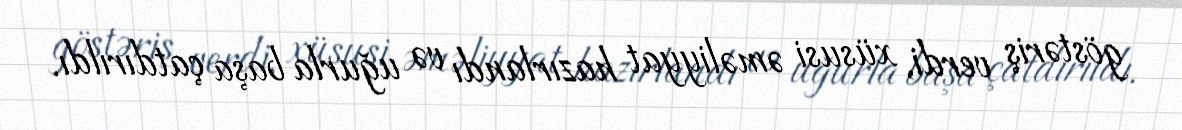
göstəriş verdi, xüsusi əməliyyat hazırlandı və uğurla başa çatdırıldı.